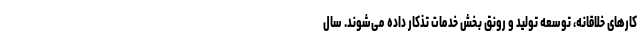
کارهای خلاقانه، توسعه تولید و رونق بخش خدمات تذکار داده می‌شوند. سال